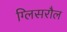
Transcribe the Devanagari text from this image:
ग्लिसरौल